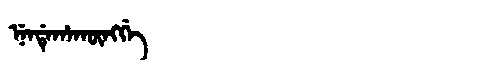
Manchu: ᠨᡝᠨᡩᡝᡥᠠᡴᡡᠩᡤᡝ
Romanization: NENDEHAKŪNGGE